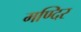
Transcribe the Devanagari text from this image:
मण्दिर